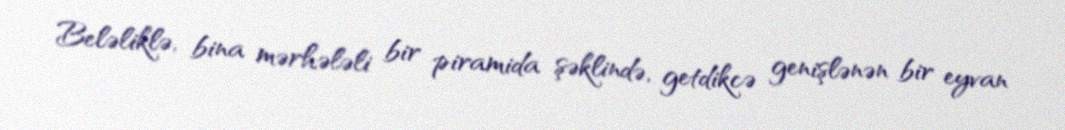
Beləliklə, bina mərhələli bir piramida şəklində, getdikcə genişlənən bir eyvan